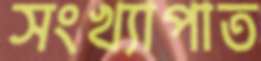
সংখ্যাপাত